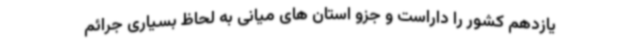
یازدهم کشور را داراست و جزو استان های میانی به لحاظ بسیاری جرائم